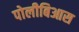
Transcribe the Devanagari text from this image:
पोलीबिआस